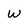
Character: W